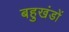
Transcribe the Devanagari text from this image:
बहुखंडों